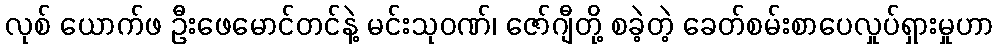
လုစ် ယောက်ဖ ဦးဖေမောင်တင်နဲ့ မင်းသုဝဏ်၊ ဇော်ဂျီတို့ စခဲ့တဲ့ ခေတ်စမ်းစာပေလှုပ်ရှားမှုဟာ